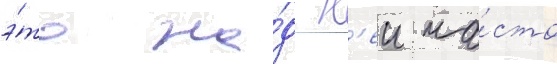
э́то на́д н'еи ча́сто